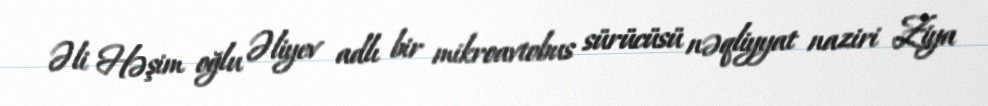
Əli Həşim oğlu Əliyev adlı bir mikroavtobus sürücüsü nəqliyyat naziri Ziya